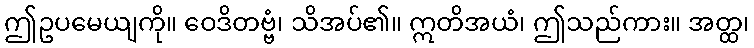
ဤဥပမေယျကို။ ဝေဒိတဗ္ဗံ၊ သိအပ်၏။ ဣတိအယံ၊ ဤသည်ကား။ အတ္ထ၊